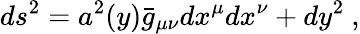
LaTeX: ds^{2}=a^{2}(y)\bar{g}_{\mu\nu}dx^{\mu}dx^{\nu}+dy^{2}\ ,